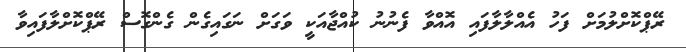
ރޭޕްކޮށްލުމަށް ފަހު އެއްލާލާފައި އޮއްވާ ފެނުނު ކުއްޖާއަކީ ވަގަށް ނަގައިގެން ގެންގޮސް ރޭޕްކޮށްލާފައިވާ